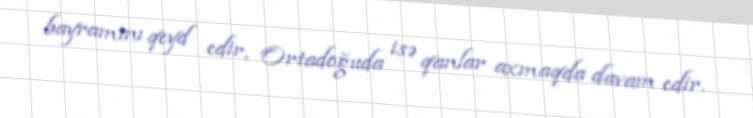
bayramını qeyd edir, Ortadoğuda isə qanlar axmaqda davam edir.